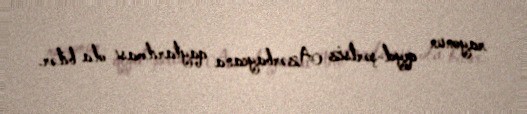
rayonun qeyd-şərtsiz Azərbaycana qaytarılması ola bilər.